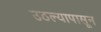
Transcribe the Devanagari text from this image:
उठल्यापासून